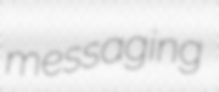
messaging